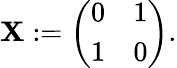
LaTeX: \mathbf{X}:={\left(\begin{array}{ll}{0}&{1}\\ {1}&{0}\end{array}\right)}.